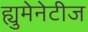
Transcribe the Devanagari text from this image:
ह्युमेनेटीज